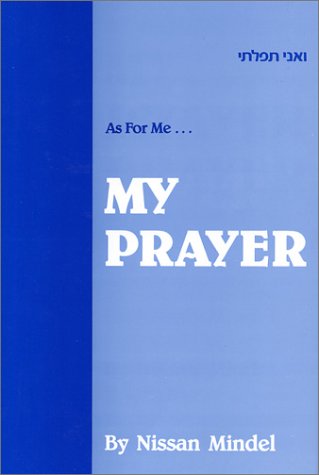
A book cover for As for Me- My Prayer: A Commentary on the Daily Prayers; Nissan Mindel; Religion & Spirituality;